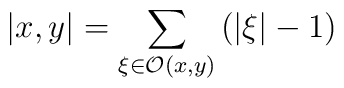
\left| x,y\right| =\sum _{\xi \in \mathcal{O}(x,y)}\left( \left| \xi \right| -1\right)